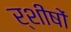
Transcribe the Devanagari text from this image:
र्शीषों